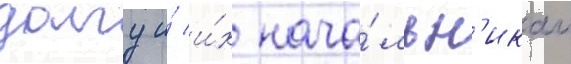
долгу и́ и́х нача́льн'икам